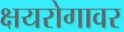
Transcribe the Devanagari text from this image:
क्षयरोगावर